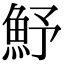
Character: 魣